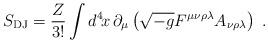
LaTeX: \begin{align*}S_{\rm DJ} = \frac{Z}{3!} \int d^4\!x\, \partial_\mu \left( \sqrt{-g} F^{\mu\nu\rho\lambda} A_{\nu\rho\lambda} \right) \ .\end{align*}